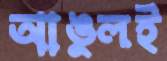
আঙুলই